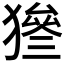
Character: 𤡙